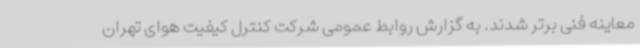
معاینه فنی برتر شدند. به گزارش روابط عمومی شرکت کنترل کیفیت هوای تهران